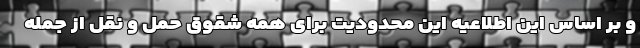
و بر اساس این اطلاعیه این محدودیت برای همه شقوق حمل و نقل از جمله